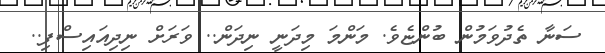
ސަނާ ތެދުވަމުން ބުންޏެވެ. މަންމަ މިދަނީ ނިދަން.. ވަރަށް ނިދިއައިސްފި..